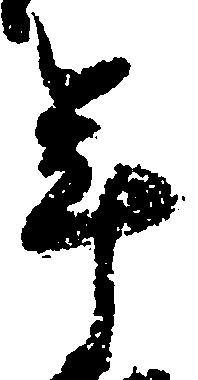
年